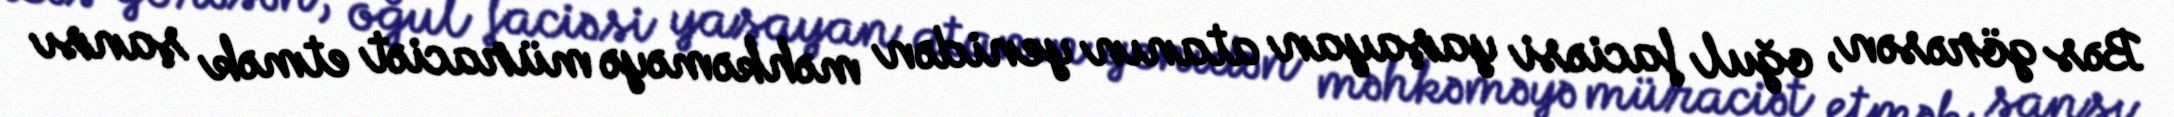
Bəs görəsən, oğul faciəsi yaşayan atanın yenidən məhkəməyə müraciət etmək şansı